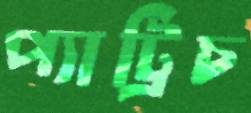
প্যাট্রিচ